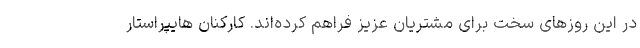
در این روزهای سخت برای مشتریان عزیز فراهم کرده‌اند. کارکنان هایپراستار